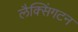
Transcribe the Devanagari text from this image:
लैक्सिंगटन